Annual report on the lock hospitals of the Madras Presidency
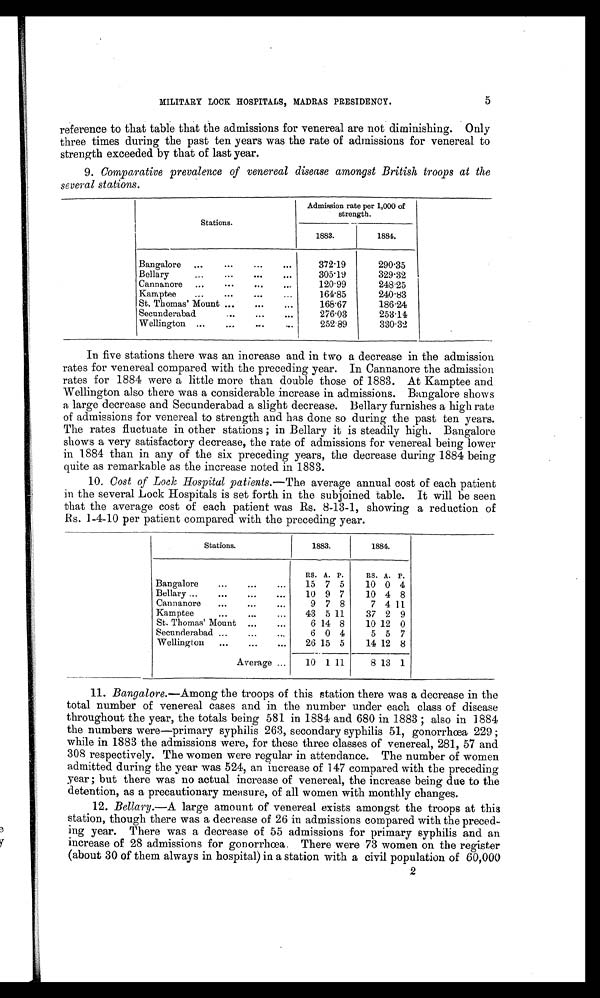
MILITARY LOCK HOSPITALS, MADRAS PRESIDENCY.
5
reference to that table that the admissions for venereal are not diminishing. Only
three times during the past ten years was the rate of admissions for venereal to
strength exceeded by that of last year.
9. Comparative prevalence of venereal disease amongst British troops at the
several stations.
Stations.
Admission rate per 1,000 of
strength.
1883.
1884.
Bangalore ...
...
...
...
372·19
290·35
Bellary
...
...
...
305·19
329·32
Cannanore ...
...
...
...
120·99
248·25
Kamptee ...
...
...
...
164·85
240·83
St. Thomas' Mount...
...
...
168·67
186·24
Secunderabad
...
...
...
276·03
253·14
Wellington ...
...
...
... I
252·89
330.32
In five stations there was an increase and in two a decrease in the admission
rates for venereal compared with the preceding year. In Cannanore the admission
rates for 1884 were a little more than double those of 1883. At Kamptee and
Wellington also there was a considerable increase in admissions. Bangalore shows
a large decrease and Secunderabad a slight decrease. Bellary furnishes a high rate
of admissions for venereal to strength and has done so during the past ten years.
The rates fluctuate in other stations ; in Bellary it is steadily high. Bangalore
shows a very satisfactory decrease, the rate of admissions for venereal being lower
in 1884 than in any of the six preceding years, the decrease during 1884 being
quite as remarkable as the increase noted in 1883.
10. Cost of Lock Hospital patients.— The average annual cost of each patient
in the several Lock Hospitals is set forth in the subjoined table. It will be seen
that the average cost of each patient was Rs. 8-13-1, showing a reduction of
Rs. 1-4-10 per patient compared with the preceding year.
Stations.
1883.
1884.
RS. A. P.
RS. A. P.
Bangalore ...
...
. . .
15 7 5
10 0 4
Bellary...
...
...
...
10 9 7
10 4 8
Cannanore ...
...
...
9 7 8
7 4 11
Kamptee
...
...
... 43 5 11
37 2 9
St. Thomas' Mount ...
...
6 14 8
10 12 0
Secunderabad ...
...
...
6 0 4
5 5 7
Wellington ...
... ... 26 15 5
14 12 8
Average... 10 1 11
8 13 1
11. Bangalore.—Among the troops of this station there was a decrease in the
total number of venereal cases and in the number under each class of disease
throughout the year, the totals being 581 in 1884 and 680 in 1883 also in 1884
the numbers were—primary syphilis 263, secondary syphilis 51, gonorrhœa 229 ;
while in 1883 the admissions were, for these three classes of venereal, 281, 57 and
308 respectively. The women were regular in attendance. The number of women
admitted during the year was 524, an increase of 147 compared with the preceding
year ; but there was no actual increase of venereal, the increase being due to the
detention, as a precautionary measure, of all women with monthly changes.
12. Bellary.—A large amount of venereal exists amongst the troops at this
station, though there was a decrease of 26 in admissions compared with the preced-
ing year. There was a decrease of 55 admissions for primary syphilis and an
increase of 28 admissions for gonorrhœa. There were 73 women on the register
(about 30 of them always in hospital) in a station with a civil population of 60,000
2